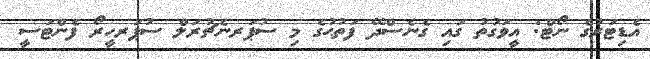
އެޑިޓަރުގެ ނޯޓް: އީވަގުތު ގައި ގެނެސްދޭ ފަތުޙުގެ މި ސުޕަރނެޗުރަލް ސުޕަރހީރޯ ފެންޓަސީ